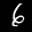
Label: 6